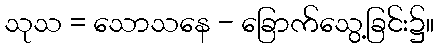
သုသ = သောသနေ - ခြောက်သွေ့ခြင်း၌။